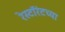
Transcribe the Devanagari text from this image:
रेस्टॉरंटच्या